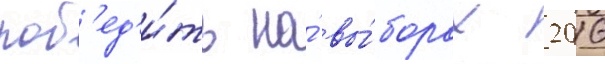
поб'ед'и́ть на́ вы́борах 2016